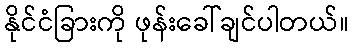
နိုင်ငံခြားကို ဖုန်းခေါ်ချင်ပါတယ်။